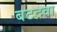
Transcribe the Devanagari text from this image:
बटद्रवा